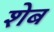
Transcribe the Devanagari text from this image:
शेब